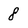
Character: 8